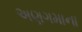
અણગમાના